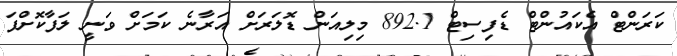
ކަރަންޓް އެކައުންޓް ޑެފިސިޓް 892.1 މިލިއަން ޑޮލަރަށް އަރާނެ ކަމަށް ވަނީ ލަފާކޮށްފަ